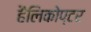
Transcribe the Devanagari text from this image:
हैलिकोप्टर